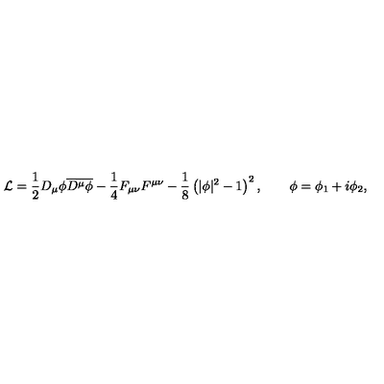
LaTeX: { \cal L } = { \frac { 1 } { 2 } } D _ { \mu } \phi { \overline { { D ^ { \mu } \phi } } } - { \frac { 1 } { 4 } } F _ { \mu \nu } F ^ { \mu \nu } - { \frac { 1 } { 8 } } \left( | \phi | ^ { 2 } - 1 \right) ^ { 2 } , \qquad \phi = \phi _ { 1 } + i \phi _ { 2 } ,